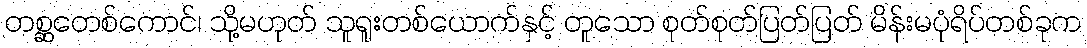
တစ္ဆတေစ်ကောင်၊ သို့မဟုတ် သူရူးတစ်ယောက်နှင့် တူသော စုတ်စုတ်ပြတ်ပြတ် မိန်းမပုံရိပ်တစ်ခုက